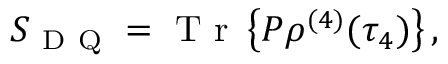
S _ { \mathrm { ~ D ~ Q ~ } } = \ensuremath { \mathrm { ~ T ~ r ~ } } \left\{ P \rho ^ { ( 4 ) } ( \tau _ { 4 } ) \right\} ,